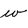
Character: w